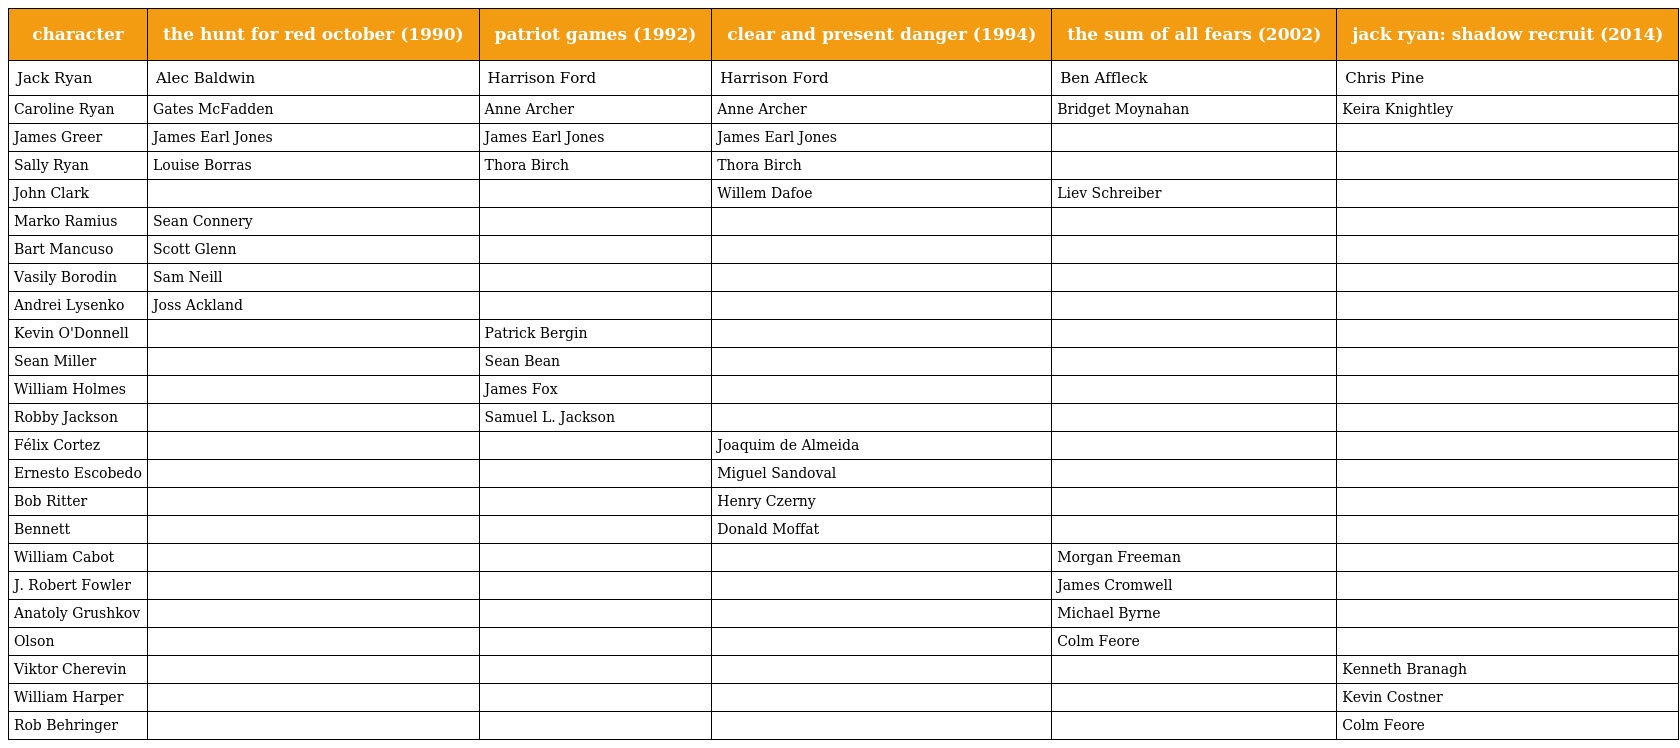
| character | the hunt for red october (1990) | patriot games (1992) | clear and present danger (1994) | the sum of all fears (2002) | jack ryan: shadow recruit (2014) |
 | --- | --- | --- | --- | --- | --- |
 | Jack Ryan | Alec Baldwin | Harrison Ford | Harrison Ford | Ben Affleck | Chris Pine |
 | Caroline Ryan | Gates McFadden | Anne Archer | Anne Archer | Bridget Moynahan | Keira Knightley |
 | James Greer | James Earl Jones | James Earl Jones | James Earl Jones |  |  |
 | Sally Ryan | Louise Borras | Thora Birch | Thora Birch |  |  |
 | John Clark |  |  | Willem Dafoe | Liev Schreiber |  |
 | Marko Ramius | Sean Connery |  |  |  |  |
 | Bart Mancuso | Scott Glenn |  |  |  |  |
 | Vasily Borodin | Sam Neill |  |  |  |  |
 | Andrei Lysenko | Joss Ackland |  |  |  |  |
 | Kevin O'Donnell |  | Patrick Bergin |  |  |  |
 | Sean Miller |  | Sean Bean |  |  |  |
 | William Holmes |  | James Fox |  |  |  |
 | Robby Jackson |  | Samuel L. Jackson |  |  |  |
 | Félix Cortez |  |  | Joaquim de Almeida |  |  |
 | Ernesto Escobedo |  |  | Miguel Sandoval |  |  |
 | Bob Ritter |  |  | Henry Czerny |  |  |
 | Bennett |  |  | Donald Moffat |  |  |
 | William Cabot |  |  |  | Morgan Freeman |  |
 | J. Robert Fowler |  |  |  | James Cromwell |  |
 | Anatoly Grushkov |  |  |  | Michael Byrne |  |
 | Olson |  |  |  | Colm Feore |  |
 | Viktor Cherevin |  |  |  |  | Kenneth Branagh |
 | William Harper |  |  |  |  | Kevin Costner |
 | Rob Behringer |  |  |  |  | Colm Feore |